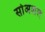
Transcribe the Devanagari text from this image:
सोअशल